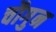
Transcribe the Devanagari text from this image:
चौगुन